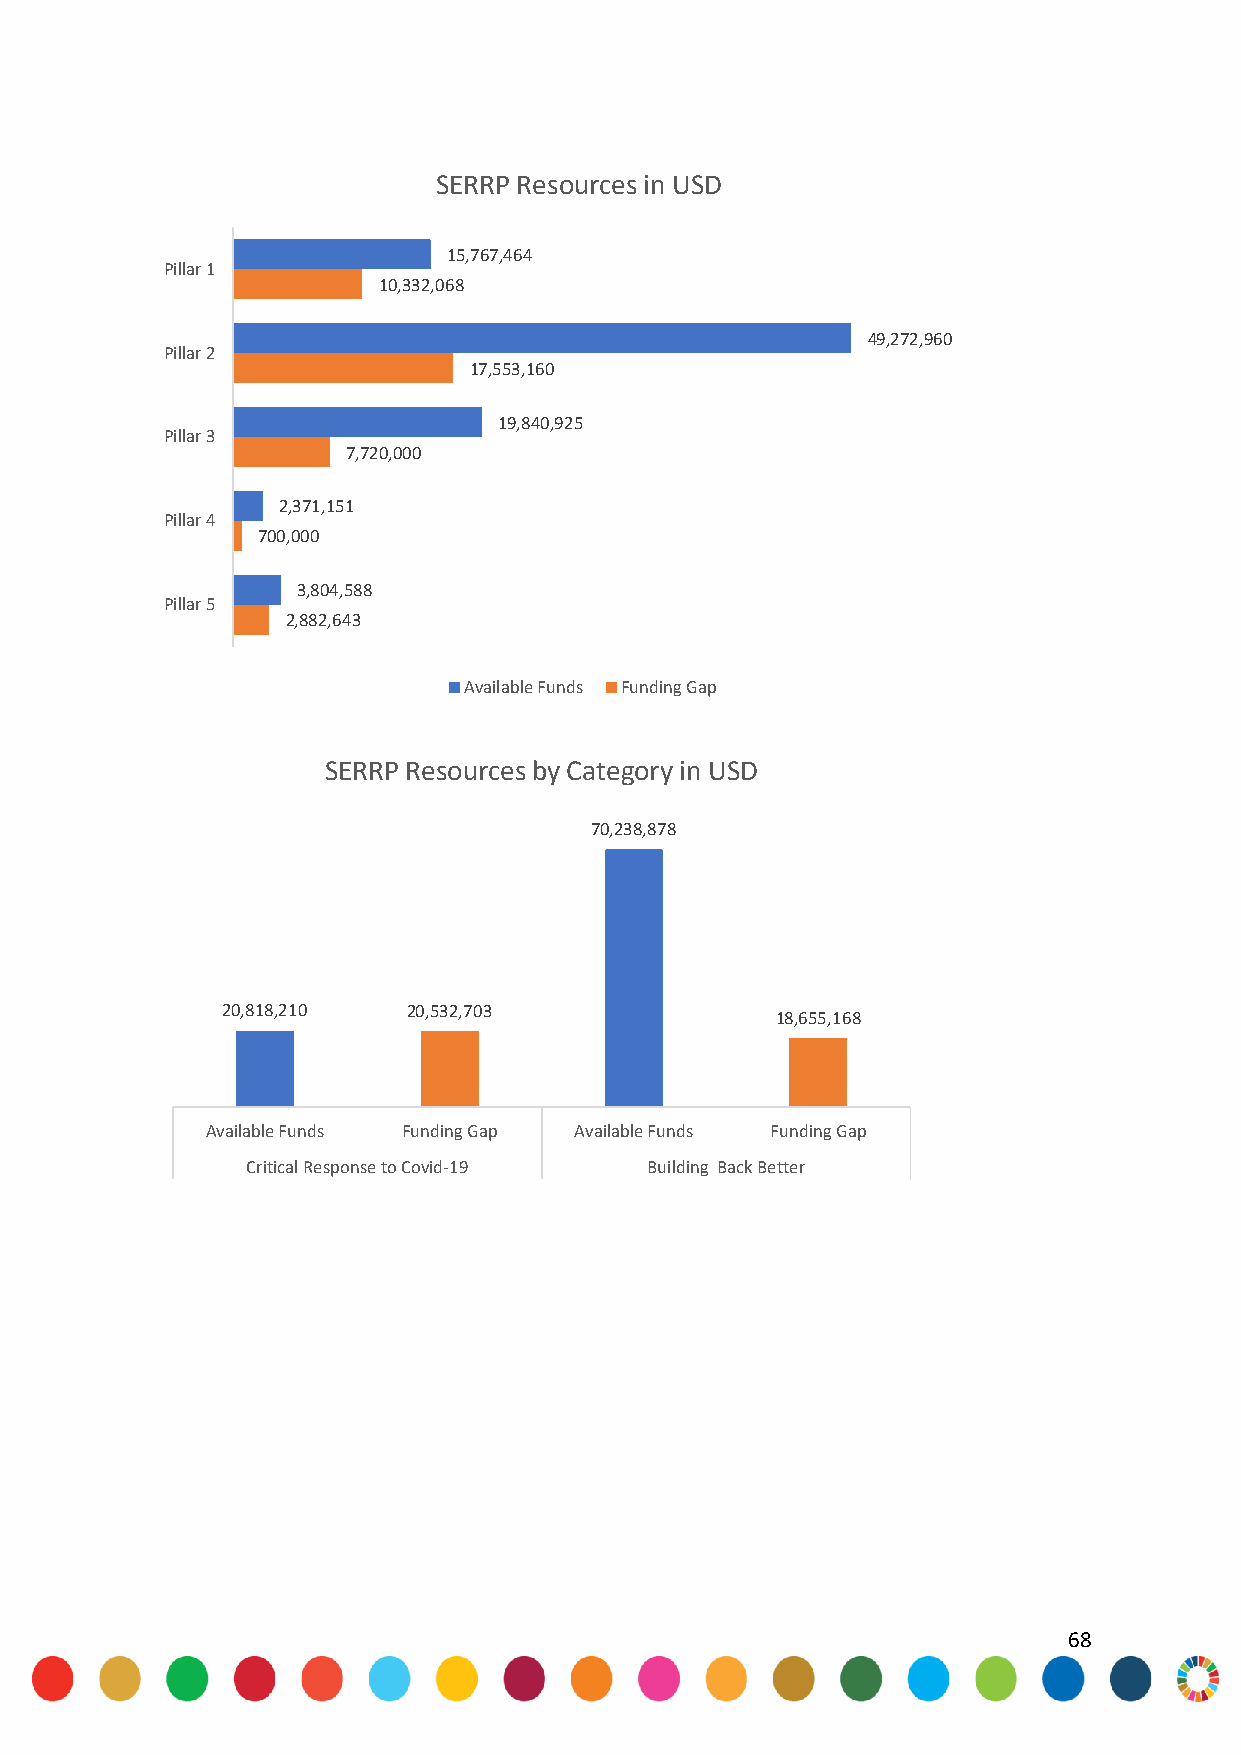
SERRP Resources in USD
 15,767,464
 Pillar 1
 10,332,068
 49,272,960
 Pillar 2
 17,553,160
 19,840,925
 Pillar 3
 7,720,000
 2,371,151
 Pillar 4
 700,000
 3,804,588
 Pillar 5
 2,882,643
 Available Funds Funding Gap
 SERRP Resources by Category in USD
 70,238,878
 20,818,210  20,532,703
 18,655,168
 Available Funds Funding Gap Available Funds Funding Gap
 Critical Response to Covid-19 Building Back Better
 68